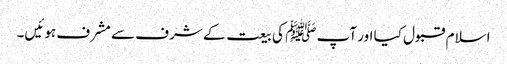
اسلام قبول کیا اور آپ ﷺ کی بیعت کے شرف سے مشرف ہوئیں۔